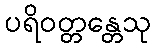
ပရိဝတ္တန္တေသု